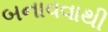
બનાવવાથી